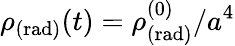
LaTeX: \rho_{\mathrm{(rad)}}(t)=\rho_{\mathrm{(rad)}}^{(0)}/a^{4}